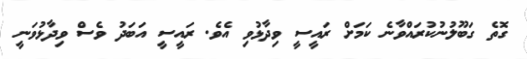
ގޮތެ ގަބޫލުނުކުރައްވާނެ ކަމަށް ރައީސީ ވިދާޅުވި އެވެ. ރައީސީ އަބަދު ވެސް ވިދާޅުވަނީ